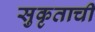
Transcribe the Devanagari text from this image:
सुकृताची